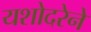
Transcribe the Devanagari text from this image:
यशोदरेने